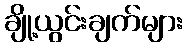
ချို့ယွင်းချက်များ